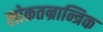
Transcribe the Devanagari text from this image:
लोकतन्रान्त्रिक